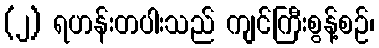
(၂) ရဟန်းတပါးသည် ကျင်ကြီးစွန့်စဉ်၊